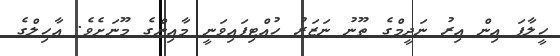
ހީލާފަ އިން އިރު ނަދީމްގެ ތޫނު ނަޒަރު ހުއްޓިފައިވަނީ މާއިންގެ މޫނަށެވެ. އާހިލްގެ